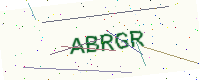
Text: ABRGR